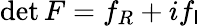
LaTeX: \operatorname*{det}F=f_{R}+if_{\mathsf{I}}